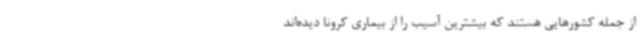
از جمله کشورهایی هستند که بیشترین آسیب را از بیماری کرونا دیده‌اند